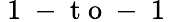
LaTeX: {\mathrm{~1~-~t~o~-~1~}}